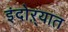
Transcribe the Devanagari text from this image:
इंदोऱ्यात